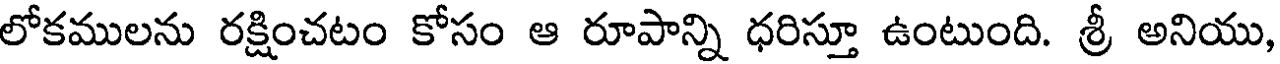
లోకములను రక్షించటం కోసం ఆ రూపాన్ని ధరిస్తూ ఉంటుంది. శ్రీ అనియు,